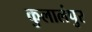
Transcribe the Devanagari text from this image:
कुलालंपुर